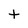
Character: t